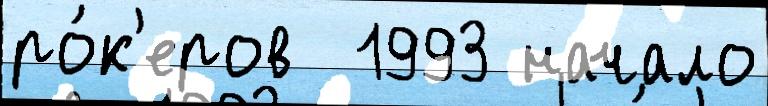
ро́к'еров  1993 начало